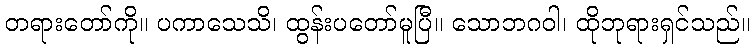
တရားတော်ကို။ ပကာသေသိ၊ ထွန်းပတော်မူပြီ။ သောဘဂဝါ၊ ထိုဘုရားရှင်သည်။